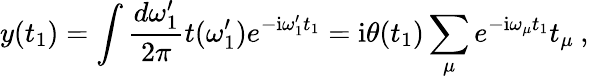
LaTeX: y(t_{1})=\int\frac{d\omega_{1}^{\prime}}{2\pi}t(\omega_{1}^{\prime})e^{-\mathrm{i}\omega_{1}^{\prime}t_{1}}=\mathrm{i}\theta(t_{1})\sum_{\mu}e^{-\mathrm{i}\omega_{\mu}t_{1}}t_{\mu}\: ,